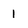
Character: 1